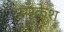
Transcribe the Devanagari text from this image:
मरकेश